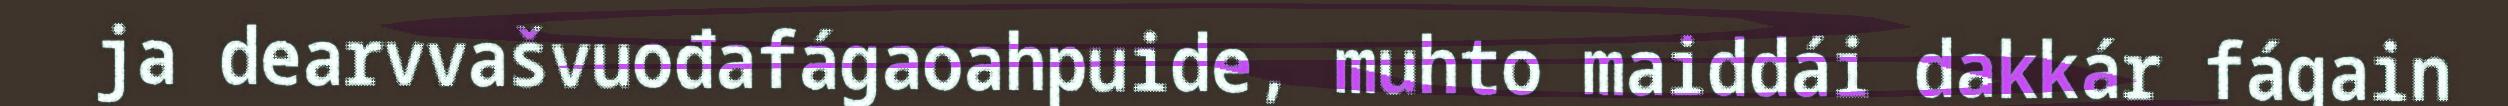
ja dearvvašvuođafágaoahpuide, muhto maiddái dakkár fágain